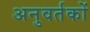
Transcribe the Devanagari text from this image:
अनुवर्तकों